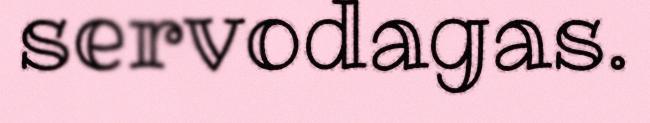
servodagas.